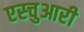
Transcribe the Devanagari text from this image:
एस्चुआरी